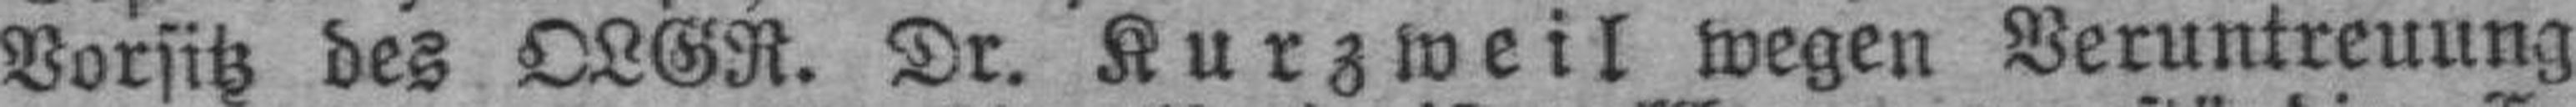
Vorsitz des OLGR. Dr. Kurzweil wegen Veruntreuung